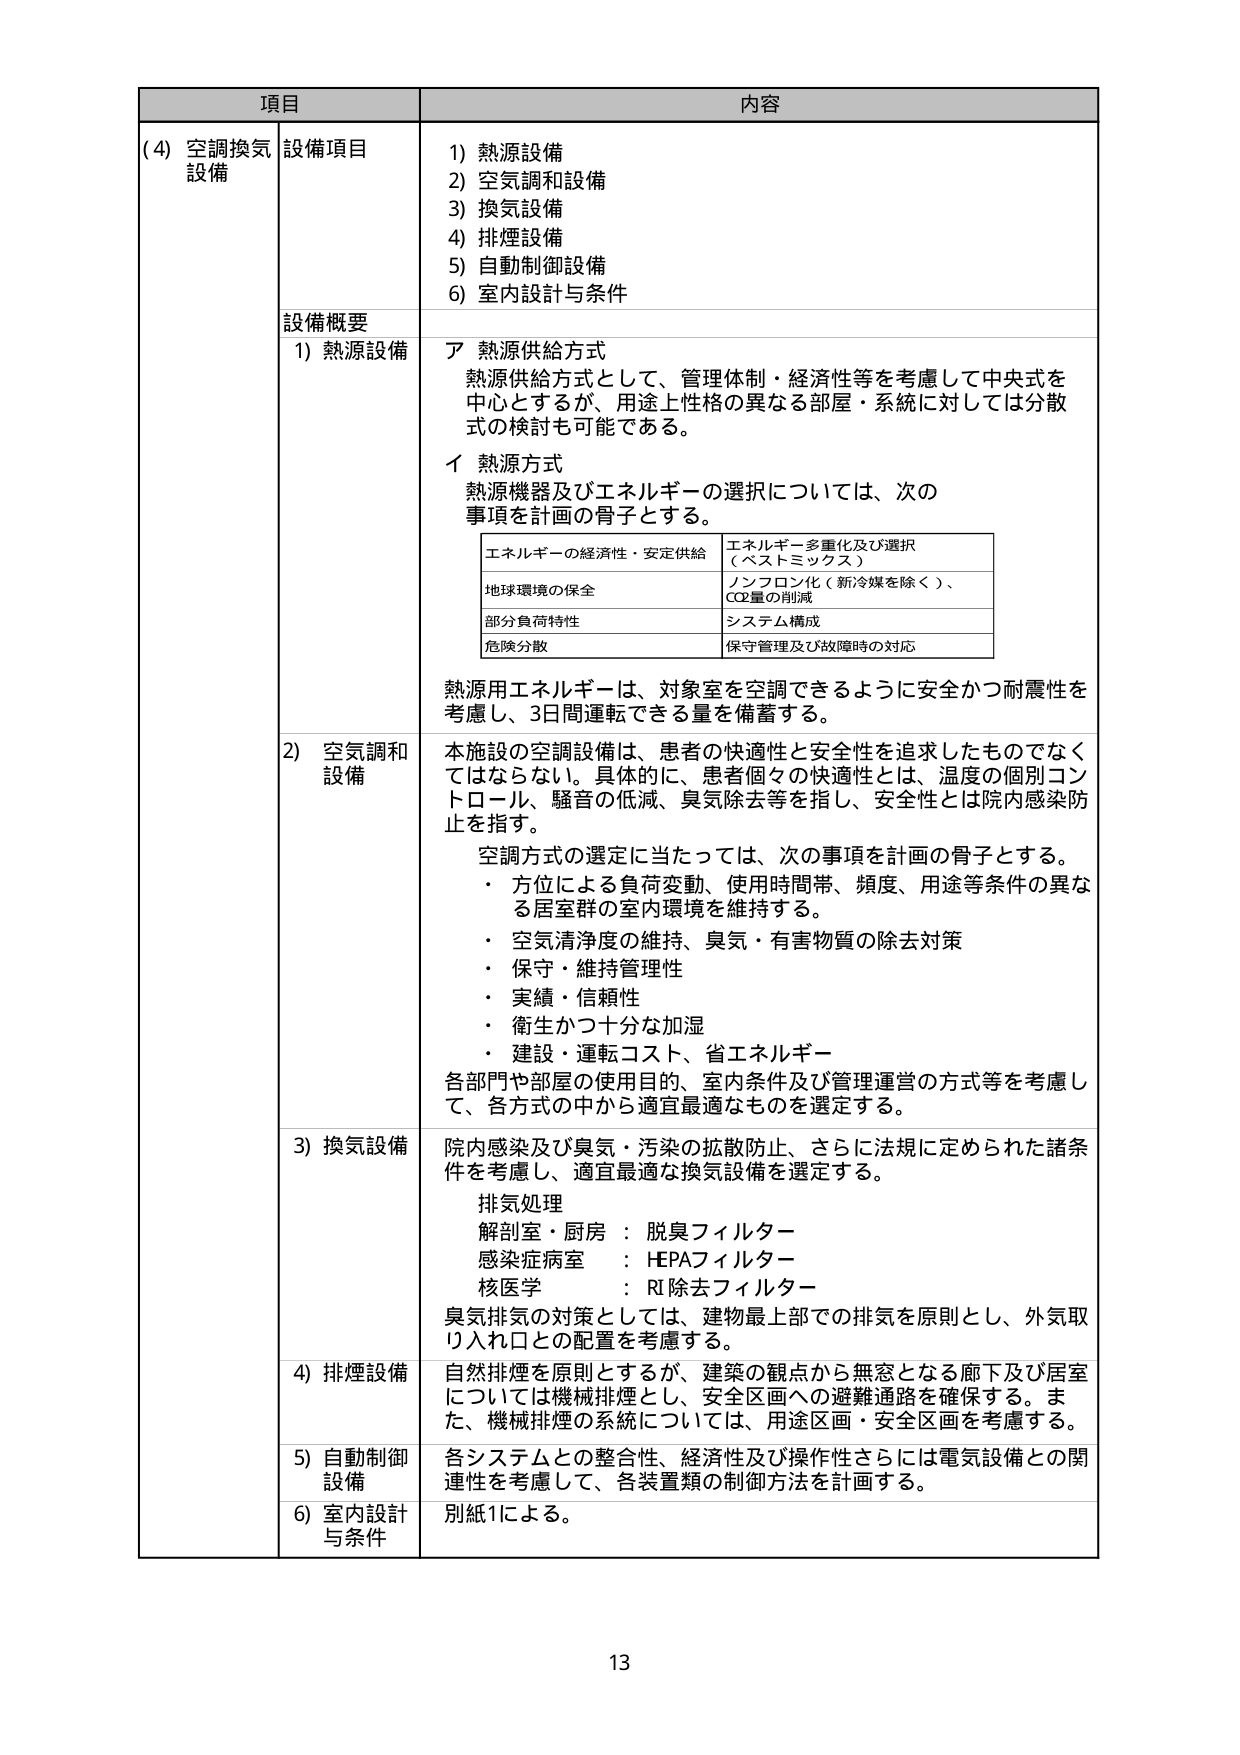
項目 内容
(4) 空調換気 設備項目 1) 熱源設備
設備 2) 空気調和設備
3) 換気設備
4) 排煙設備
5) 自動制御設備
6) 室内設計与条件
設備概要
1) 熱源設備 ア 熱源供給方式
熱源供給方式として、管理体制・経済性等を考慮して中央式を
中心とするが、用途上性格の異なる部屋・系統に対しては分散
式の検討も可能である。
イ 熱源方式
熱源機器及びエネルギーの選択については、次の
事項を計画の骨子とする。
エネルギーの経済性・安定供給 エネルギー多重化及び選択
（ベストミックス）
地球環境の保全 ノンフロン化（新冷媒を除く）、
CO2量の削減
部分負荷特性 システム構成
危険分散 保守管理及び故障時の対応
熱源用エネルギーは、対象室を空調できるように安全かつ耐震性を
考慮し、3日間運転できる量を備蓄する。
2) 空気調和 本施設の空調設備は、患者の快適性と安全性を追求したものでなく
設備 てはならない。具体的に、患者個々の快適性とは、温度の個別コン
トロール、騒音の低減、臭気除去等を指し、安全性とは院内感染防
止を指す。
空調方式の選定に当たっては、次の事項を計画の骨子とする。
・ 方位による負荷変動、使用時間帯、頻度、用途等条件の異な
る居室群の室内環境を維持する。
・ 空気清浄度の維持、臭気・有害物質の除去対策
・ 保守・維持管理性
・ 実績・信頼性
・ 衛生かつ十分な加湿
・ 建設・運転コスト、省エネルギー
各部門や部屋の使用目的、室内条件及び管理運営の方式等を考慮し
て、各方式の中から適宜最適なものを選定する。
3) 換気設備 院内感染及び臭気・汚染の拡散防止、さらに法規に定められた諸条
件を考慮し、適宜最適な換気設備を選定する。
排気処理
解剖室・厨房 ： 脱臭フィルター
感染症病室 ： HEPAフィルター
核医学 ： RI除去フィルター
臭気排気の対策としては、建物最上部での排気を原則とし、外気取
り入れ口との配置を考慮する。
4) 排煙設備 自然排煙を原則とするが、建築の観点から無窓となる廊下及び居室
については機械排煙とし、安全区画への避難通路を確保する。ま
た、機械排煙の系統については、用途区画・安全区画を考慮する。
5) 自動制御 各システムとの整合性、経済性及び操作性さらには電気設備との関
設備 連性を考慮して、各装置類の制御方法を計画する。
6) 室内設計 別紙1による。
与条件
13